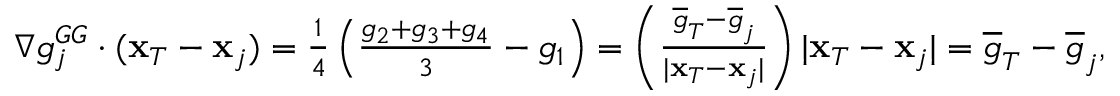
\begin{array} { r } { \nabla g _ { j } ^ { G G } \cdot ( { \bf x } _ { T } - { \bf x } _ { j } ) = \frac { 1 } { 4 } \left( \frac { g _ { 2 } + g _ { 3 } + g _ { 4 } } { 3 } - g _ { 1 } \right) = \left( \frac { \overline { { g } } _ { T } - \overline { { g } } _ { j } } { | { \bf x } _ { T } - { \bf x } _ { j } | } \right) | { \bf x } _ { T } - { \bf x } _ { j } | = \overline { { g } } _ { T } - \overline { { g } } _ { j } , } \end{array}